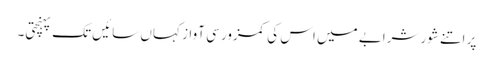
پر اتنے شورشرابے میں اس کی کمزور سی آواز کہاں سائیں تک پہنچتی۔